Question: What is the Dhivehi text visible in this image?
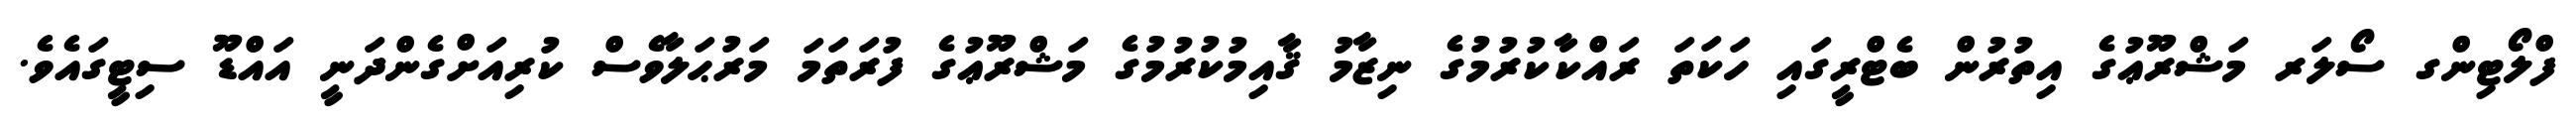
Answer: ފްލޯޓިންގ ސޯލަރ މަޝްރޫޢުގެ އިތުރުން ބެޓްރީގައި ހަކަތަ ރައްކާކުރުމުގެ ނިޒާމު ޤާއިމުކުރުމުގެ މަޝްރޫޢުގެ ފުރަތަމަ މަރުޙަލާވެސް ކުރިއަށްގެންދަނީ އައްޑޫ ސިޓީގައެވެ.